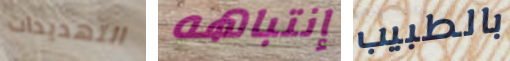
التهديدات إنتباهه بالطبيب